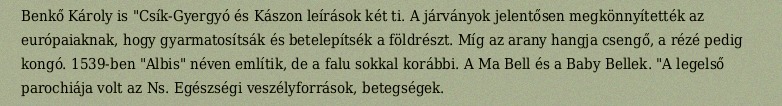
Benkő Károly is "Csík-Gyergyó és Kászon leírások két ti. A járványok jelentősen megkönnyítették az európaiaknak, hogy gyarmatosítsák és betelepítsék a földrészt. Míg az arany hangja csengő, a rézé pedig kongó. 1539-ben "Albis" néven említik, de a falu sokkal korábbi. A Ma Bell és a Baby Bellek. "A legelső parochiája volt az Ns. Egészségi veszélyforrások, betegségek.